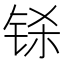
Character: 铩